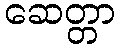
ဆေတ္တာ